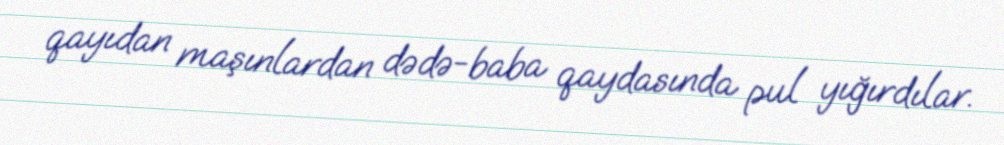
qayıdan maşınlardan dədə-baba qaydasında pul yığırdılar.